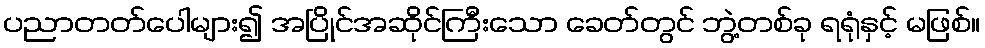
ပညာတတ်ပေါများ၍ အပြိုင်အဆိုင်ကြီးသော ခေတ်တွင် ဘွဲ့တစ်ခု ရရုံနှင့် မဖြစ်။